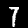
Label: 7